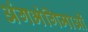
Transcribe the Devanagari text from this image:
अंगभंगिमाओं